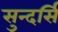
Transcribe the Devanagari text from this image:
सुन्दर्सि